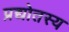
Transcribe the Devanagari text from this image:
प्रद्योतस्य